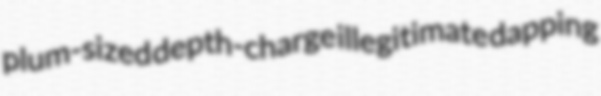
plum-sized depth-charge illegitimate dapping